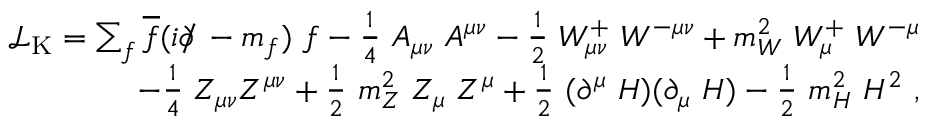
{ \begin{array} { r } { { \mathcal { L } } _ { \mathrm { K } } = \sum _ { f } { \overline { { f } } } ( i \partial \! \! \! / \! \; - m _ { f } ) \ f - { \frac { 1 } { 4 } } \ A _ { \mu \nu } \ A ^ { \mu \nu } - { \frac { 1 } { 2 } } \ W _ { \mu \nu } ^ { + } \ W ^ { - \mu \nu } + m _ { W } ^ { 2 } \ W _ { \mu } ^ { + } \ W ^ { - \mu } } \\ { \qquad - { \frac { 1 } { 4 } } \ Z _ { \mu \nu } Z ^ { \mu \nu } + { \frac { 1 } { 2 } } \ m _ { Z } ^ { 2 } \ Z _ { \mu } \ Z ^ { \mu } + { \frac { 1 } { 2 } } \ ( \partial ^ { \mu } \ H ) ( \partial _ { \mu } \ H ) - { \frac { 1 } { 2 } } \ m _ { H } ^ { 2 } \ H ^ { 2 } ~ , } \end{array} }